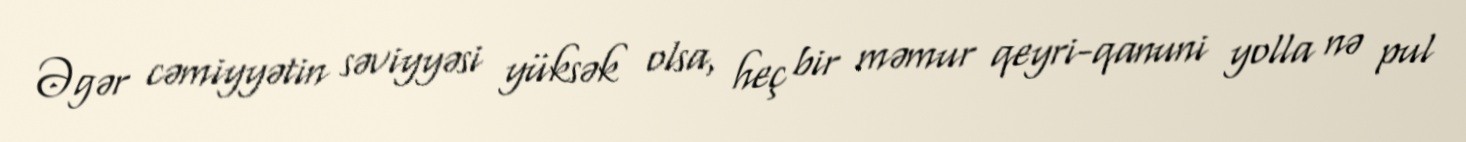
Əgər cəmiyyətin səviyyəsi yüksək olsa, heç bir məmur qeyri-qanuni yolla nə pul